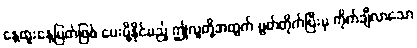
နေ့ထူးနေ့မြတ်ဖြစ် ပေးပို့နိုင်မည့် ဤလူတို့အတွက် ပွတ်တိုက်ပြီးမှ ကိုက်ချီလာသော